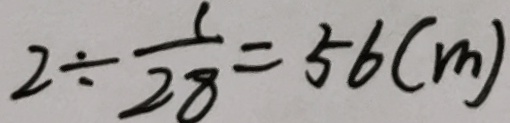
2 \div \frac { 1 } { 2 8 } = 5 6 ( m )